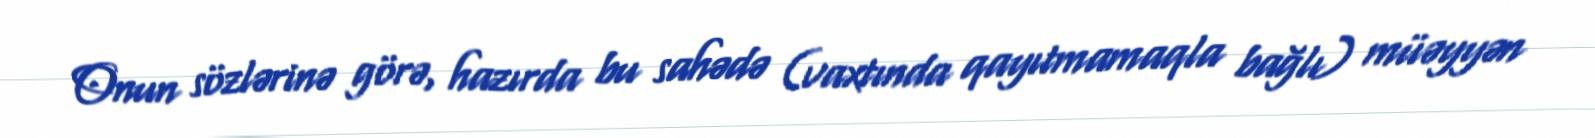
Onun sözlərinə görə, hazırda bu sahədə (vaxtında qayıtmamaqla bağlı) müəyyən